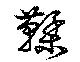
鞣